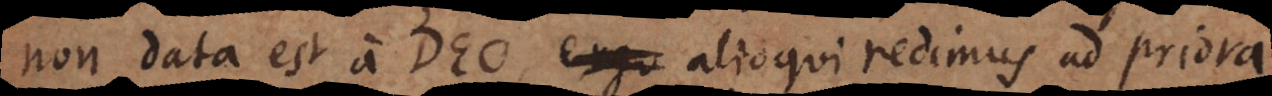
non data est a Deo, alioqui redimus ad priora.